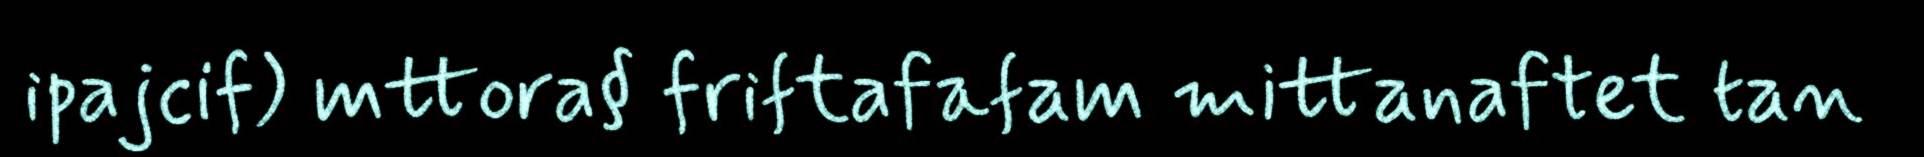
ipajcif) mttora§ friftafafam mittanaftet tan